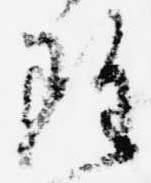
雖